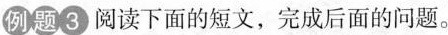
例题3 阅读下面的短文，完成后面的问题。